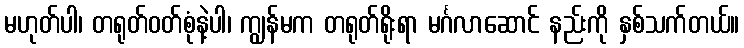
မဟုတ်ပါ၊ တရုတ်ဝတ်စုံနဲ့ပါ၊ ကျွန်မက တရုတ်ရိုးရာ မင်္ဂလာဆောင် နည်းကို နှစ်သက်တယ်။